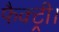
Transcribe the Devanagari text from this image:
फैक्ट्री।